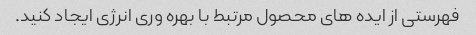
فهرستی از ایده های محصول مرتبط با بهره وری انرژی ایجاد کنید.